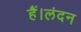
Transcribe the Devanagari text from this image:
हैं।लंदन